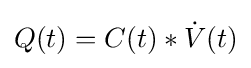
Q(t)=C(t)*{\dot {V}}(t)